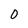
Character: 0